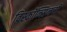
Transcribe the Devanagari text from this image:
विस्कॉन्सिनची